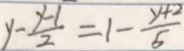
y - \frac { y - 1 } { 2 } = 1 - \frac { y + 2 } { 5 }